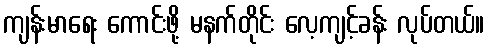
ကျန်းမာရေး ကောင်းဖို့ မနက်တိုင်း လေ့ကျင့်ခန်း လုပ်တယ်။